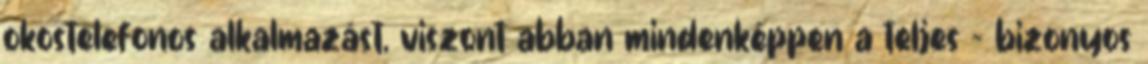
okostelefonos alkalmazást, viszont abban mindenképpen a teljes – bizonyos